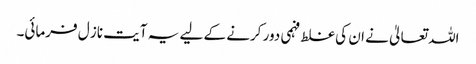
اللہ تعالیٰ نے ان کی غلط فہمی دور کرنے کے لیے یہ آیت ناز ل فرمائی۔